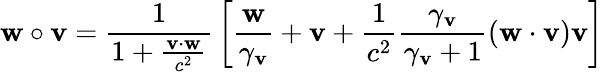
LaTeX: \mathbf{w}\circ\mathbf{v}={\frac{1}{1+{\frac{\mathbf{v}\cdot\mathbf{w}}{c^{2}}}}}\left[{\frac{\mathbf{w}}{\gamma_{\mathbf{v}}}}+\mathbf{v}+{\frac{1}{c^{2}}}{\frac{\gamma_{\mathbf{v}}}{\gamma_{\mathbf{v}}+1}}(\mathbf{w}\cdot\mathbf{v})\mathbf{v}\right]